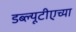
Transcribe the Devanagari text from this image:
डब्ल्यूटीएच्या